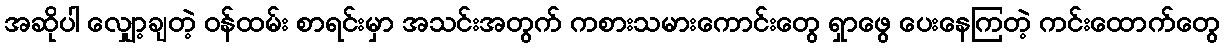
အဆိုပါ လျှော့ချတဲ့ ဝန်ထမ်း စာရင်းမှာ အသင်းအတွက် ကစားသမားကောင်းတွေ ရှာဖွေ ပေးနေကြတဲ့ ကင်းထောက်တွေ